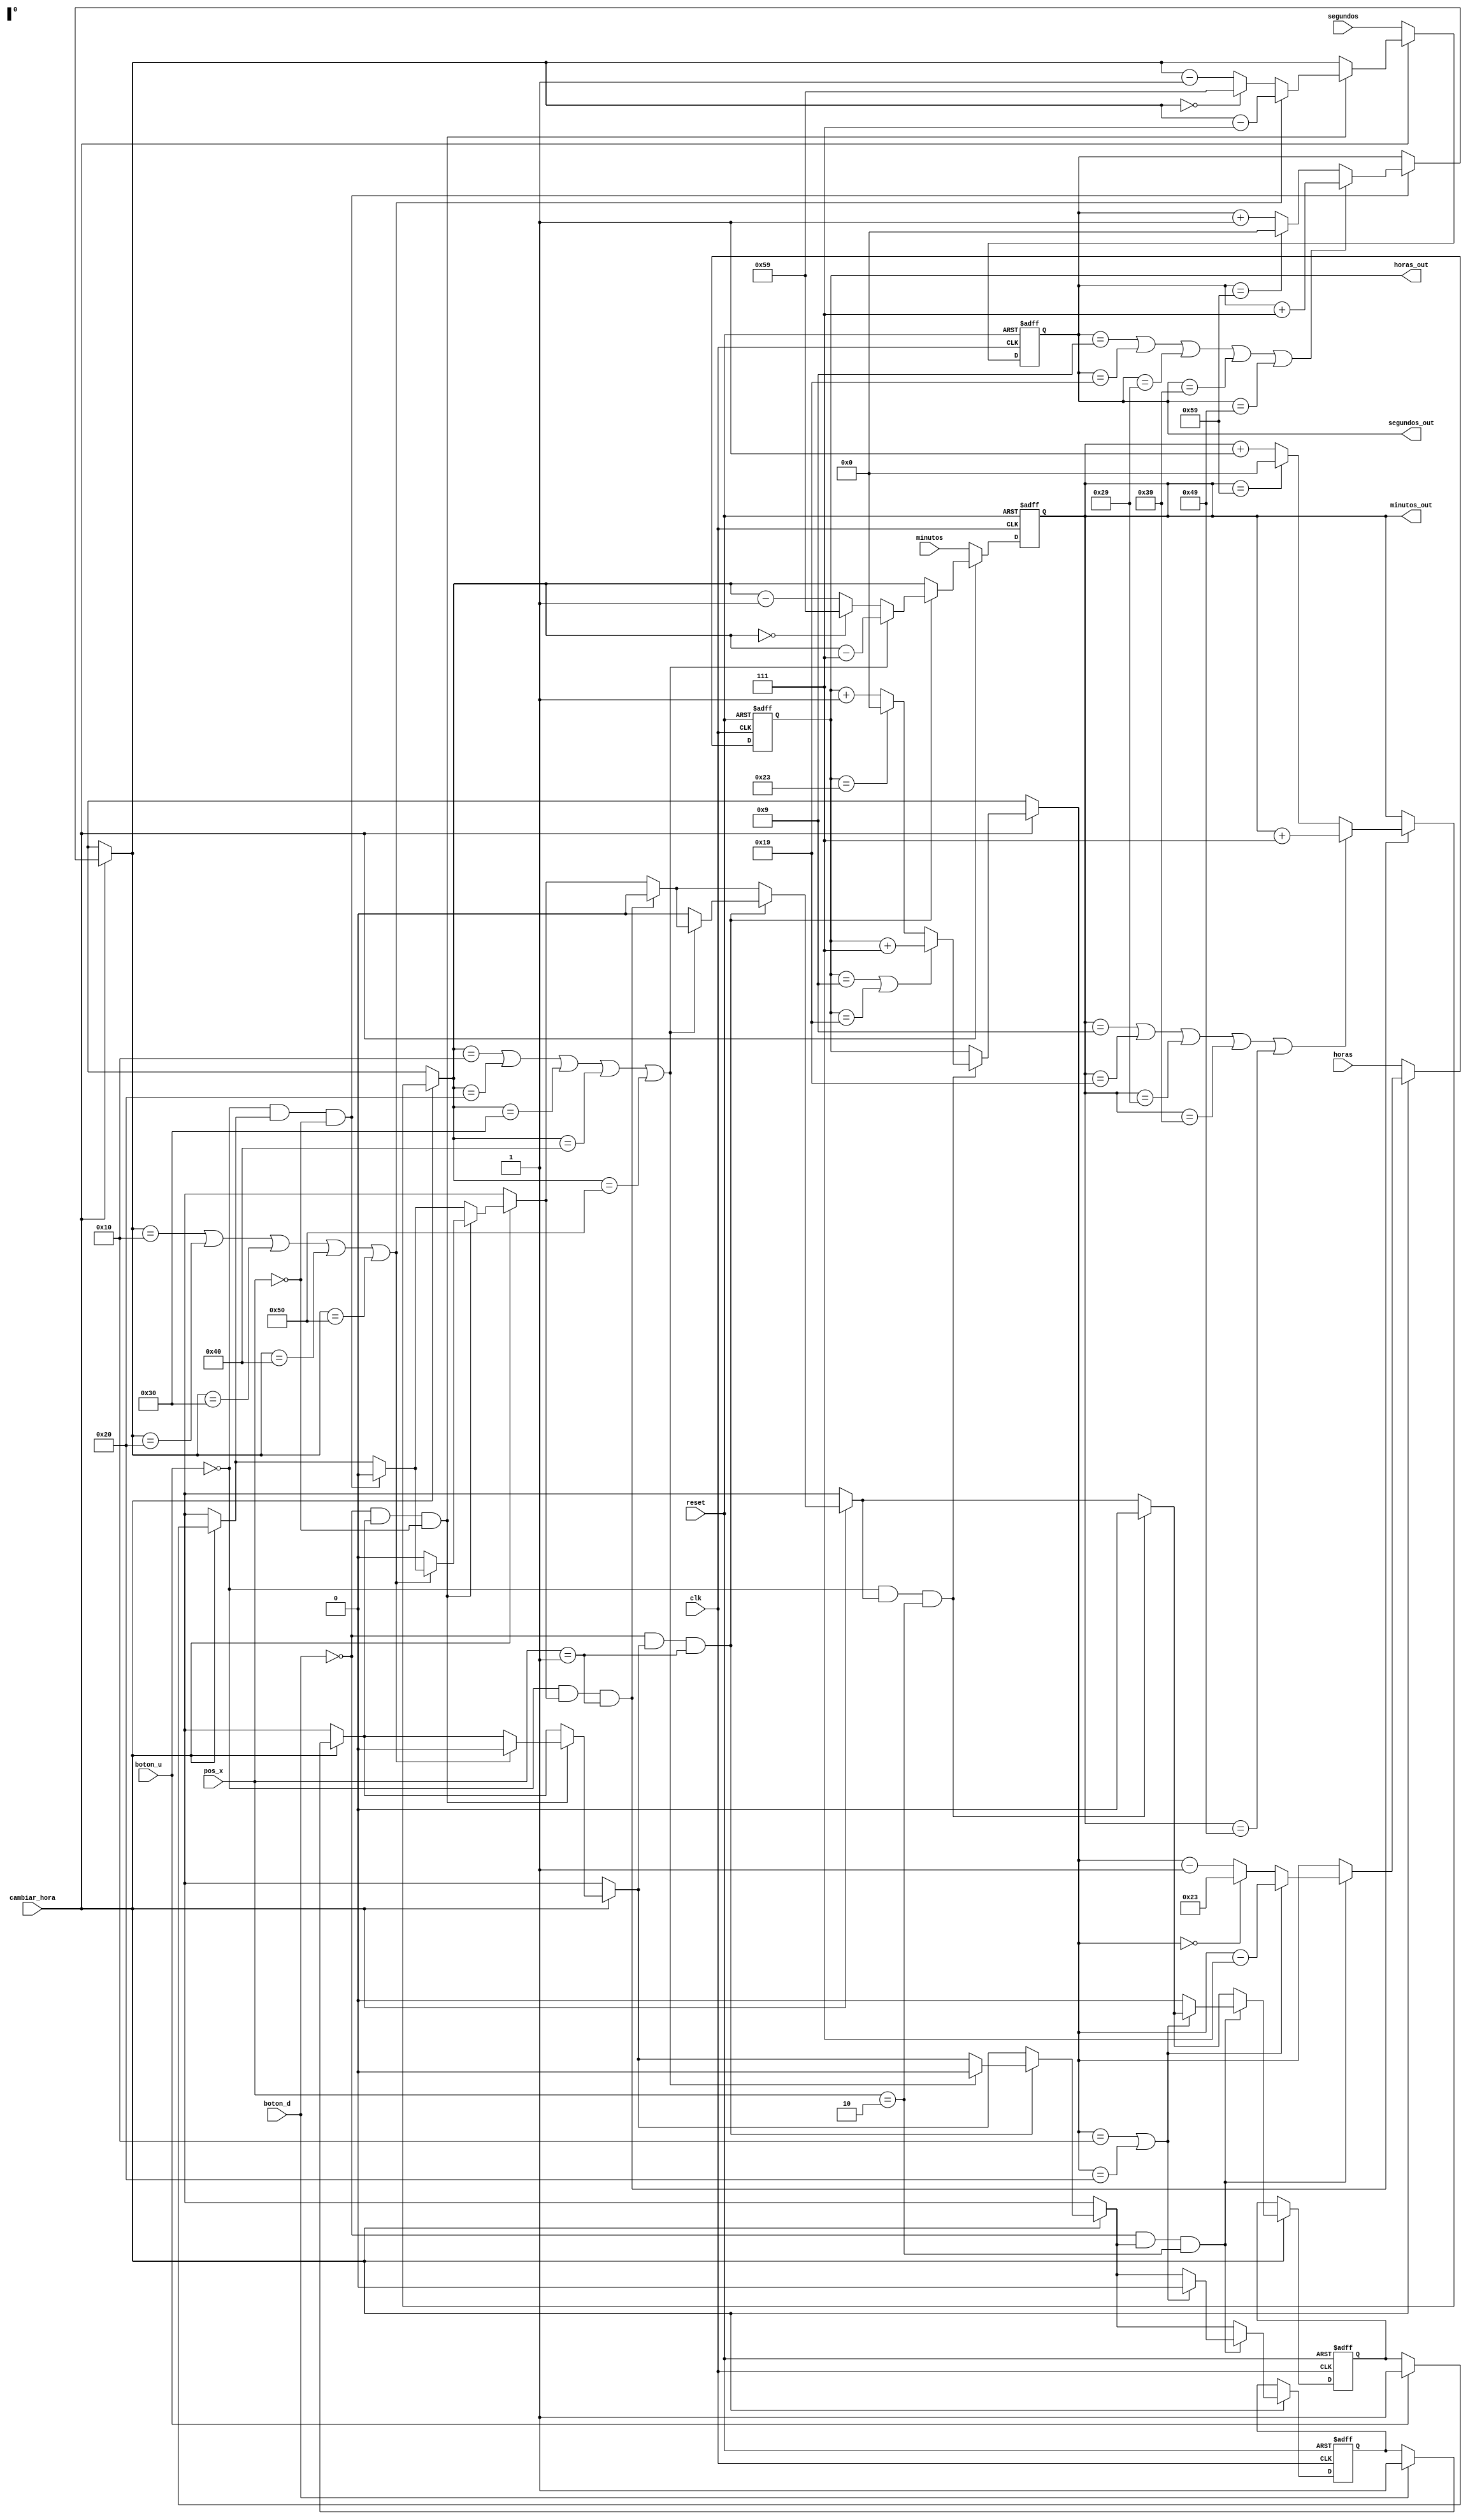
`timescale 1ns / 1ps
//////////////////////////////////////////////////////////////////////////////////
// Company:
// Engineer:
//
// Design Name:
// Module Name: contador_hora
// Project Name:
// Target Devices:
// Tool Versions:
// Description:
//
// Dependencies:
//
// Revision:
// Revision 0.01 - File Created
// Additional Comments:
//
//////////////////////////////////////////////////////////////////////////////////


module contador_hora(
    input clk, reset,
    input boton_u, boton_d, cambiar_hora,
    input [7:0] segundos, minutos, horas,
    input [1:0] pos_x,
    output [7:0] segundos_out, minutos_out, horas_out
    );

reg [7:0] count_seg, count_min, count_hor;
reg state_boton_u, state_boton_d;

always @ (posedge clk, posedge reset)
begin
    if (reset)
    begin
        count_seg = 8'h00;
        count_min = 8'h00;
        count_hor = 8'h00;
        state_boton_u = 0;
        state_boton_d = 0;
    end
    else
    begin
        if (~cambiar_hora)
        begin
            count_seg = segundos;
            count_min = minutos;
            count_hor = horas;
        end
        else
        begin
            if (boton_u)
            begin
                state_boton_u = 1;
            end
            if (boton_d)
            begin
                state_boton_d = 1;
            end
            if (~boton_u & state_boton_u & (pos_x == 0))
            begin
                if (count_seg == 8'h9 | count_seg == 8'h19 | count_seg == 8'h29 | count_seg == 8'h39 | count_seg == 8'h49)
                begin
                    count_seg = count_seg + 8'h07;
                    state_boton_u = 0;
                end
                else if (count_seg == 8'h59)
                begin
                    count_seg = 8'h00;
                    state_boton_u = 0;
                end
                else
                begin
                    count_seg = count_seg + 1;
                    state_boton_u = 0;
                end
            end
            if (~boton_d & state_boton_d & (pos_x == 0))
            begin
                if (count_seg == 8'h10 | count_seg == 8'h20 | count_seg == 8'h30 | count_seg == 8'h40 | count_seg == 8'h50)
                begin
                    count_seg = count_seg - 8'h07;
                    state_boton_d = 0;
                end
                else if (count_seg == 8'h00)
                begin
                    count_seg = 8'h59;
                    state_boton_u = 0;
                end
                else
                begin
                    count_seg = count_seg - 1;
                    state_boton_u = 0;
                end
            end
            if (~boton_u & state_boton_u & (pos_x == 1))//minutos
            begin
                if (count_min == 8'h9 | count_min == 8'h19 | count_min == 8'h29 | count_min == 8'h39 | count_min == 8'h49)
                begin
                    count_min = count_min + 8'h07;
                    state_boton_u = 0;
                end
                else if (count_min == 8'h59)
                begin
                    count_min = 8'h00;
                    state_boton_u = 0;
                end
                else
                begin
                    count_min = count_min + 1;
                    state_boton_u = 0;
                end
            end
            if (~boton_d & state_boton_d & (pos_x == 1))
            begin
                if (count_min == 8'h10 | count_min == 8'h20 | count_min == 8'h30 | count_min == 8'h40 | count_min == 8'h50)
                begin
                    count_min = count_min - 8'h07;
                    state_boton_d = 0;
                end
                else if (count_min == 8'h00)
                begin
                    count_min = 8'h59;
                    state_boton_u = 0;
                end
                else
                begin
                    count_min = count_min - 1;
                    state_boton_u = 0;
                end
            end
            if (~boton_u & state_boton_u & (pos_x == 2))//hora
            begin
                if (count_hor == 8'h09 | count_hor == 8'h19 )
                begin
                    count_hor = count_hor + 8'h07;
                    state_boton_u = 0;
                end
                else if (count_hor == 8'h23)
                begin
                    count_hor = 8'h00;
                    state_boton_u = 0;
                end
                else
                begin
                    count_hor = count_hor + 1;
                    state_boton_u = 0;
                end
            end
            if (~boton_d & state_boton_d & (pos_x == 2))
            begin
                if (count_hor == 8'h10 | count_hor == 8'h20 )
                begin
                    count_hor = count_hor - 8'h07;
                    state_boton_d = 0;
                end
                else if (count_hor == 8'h00)
                begin
                    count_hor = 8'h23;
                    state_boton_u = 0;
                end
                else
                begin
                    count_hor = count_hor - 1;
                    state_boton_u = 0;
                end
            end
        end
    end
end

assign segundos_out = count_seg;
assign minutos_out = count_min;
assign horas_out = count_hor;

endmodule